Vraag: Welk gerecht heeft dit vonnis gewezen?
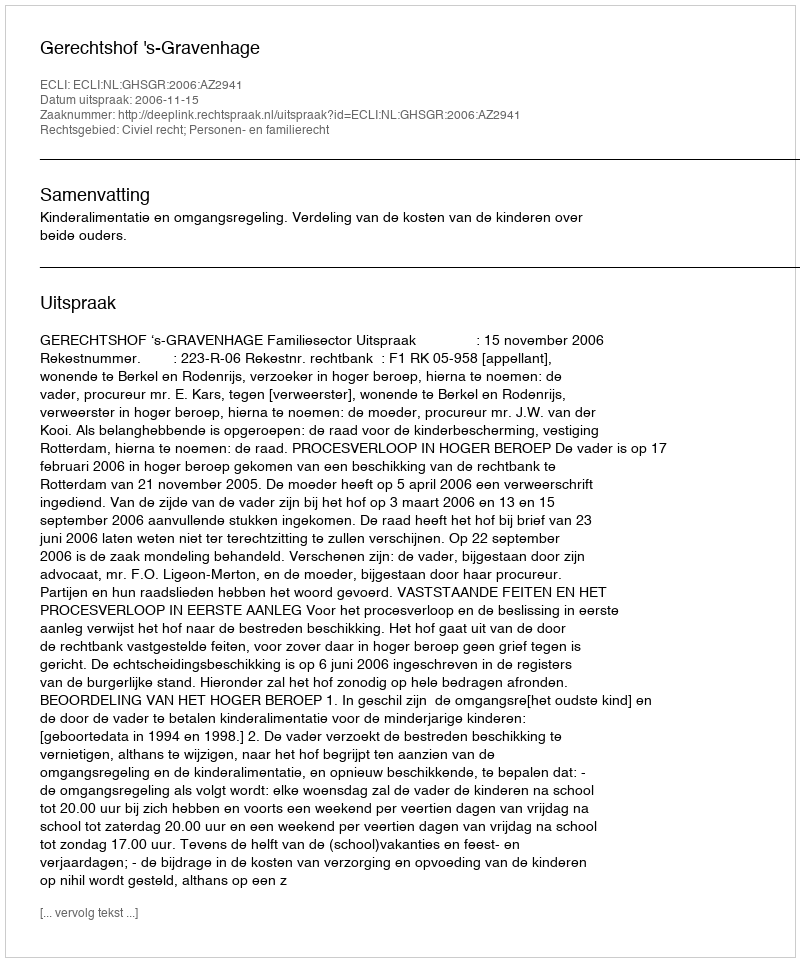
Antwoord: Gerechtshof 's-Gravenhage